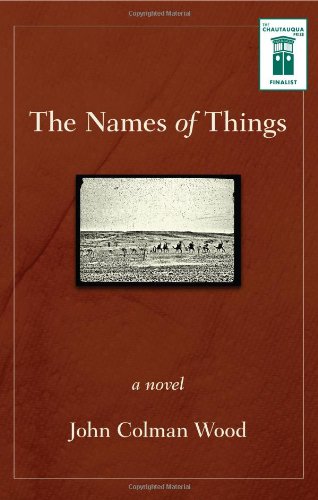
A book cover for The Names of Things; John Colman Wood; Travel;